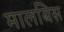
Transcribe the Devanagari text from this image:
मालबिस